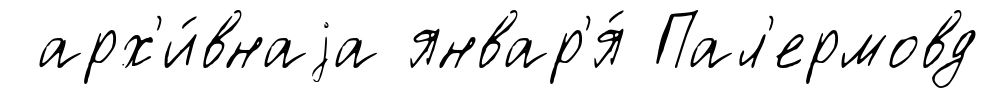
арх'и́внаjа январ'я́ Пал'ермовд